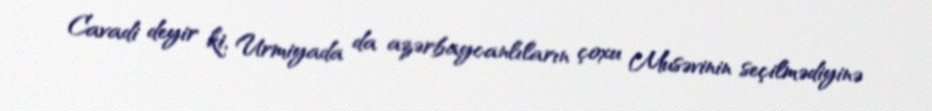
Cavadi deyir ki, Urmiyada da azərbaycanlıların çoxu Musəvinin seçilmədiyinə